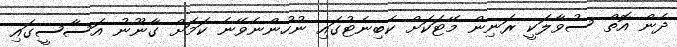
ދެން އޮތް ސުވާލަކީ ރަނިން މޭޓަކަށް ކެބިނެޓުގައި ނުހުންނެވޭނެ ކަމަށް ގާނޫނު އަސާސީގައި